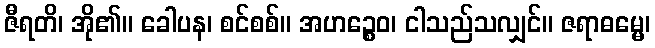
ဇီရတိ၊ အို၏။ ခေါပန၊ စင်စစ်။ အဟဉ္စေဝ၊ ငါသည်သလျှင်။ ဇရာဓမ္မေ၊